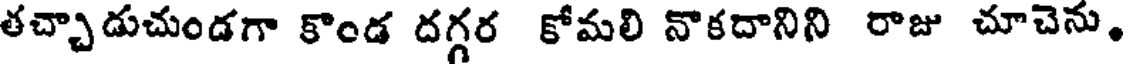
తచ్చాడుచుండగా కొండ దగ్గర కోమలి నొకదానిని రాజు చూచెను,